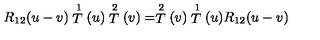
R _ { 1 2 } ( u - v ) \stackrel { 1 } { T } ( u ) \stackrel { 2 } { T } ( v ) = \stackrel { 2 } { T } ( v ) \stackrel { 1 } { T } ( u ) R _ { 1 2 } ( u - v )